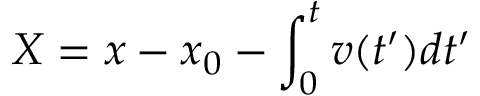
X = x - x _ { 0 } - \int _ { 0 } ^ { t } v ( t ^ { \prime } ) d t ^ { \prime }